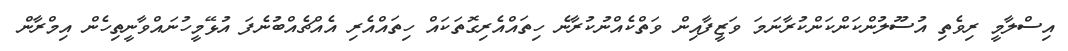
އިސްލާމީ ރިވެތި އުސޫލުންކަންކަންކުރާނަމަ ވަޒީފާއިން ވަތްކެއްނުކުރާނެ ހިތައްއެރިގޮތަކައް ހިތައްއެރި އެއްޗެއްބުނެފަ އުޅޭމީހުނައްވާނީތިހެން އިމްރާން